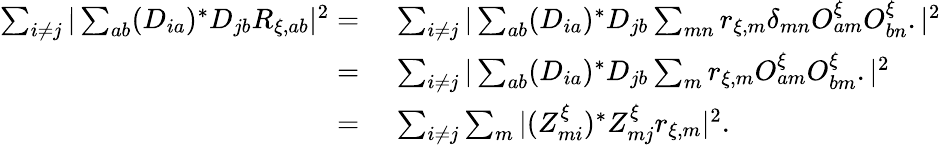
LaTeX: \begin{array}{rl}{\sum_{i\neq j}|\sum_{ab}(D_{ia})^{*}D_{jb}R_{\xi,ab}|^{2}=\, }&{{}\sum_{i\neq j}|\sum_{ab}(D_{ia})^{*}D_{jb}\sum_{mn}r_{\xi,m}\delta_{mn}O_{am}^{\xi}O_{bn}^{\xi}.|^{2}}\\ {=\, }&{{}\sum_{i\neq j}|\sum_{ab}(D_{ia})^{*}D_{jb}\sum_{m}r_{\xi,m}O_{am}^{\xi}O_{bm}^{\xi}.|^{2}}\\ {=\, }&{{}\sum_{i\neq j}\sum_{m}|(Z_{mi}^{\xi})^{*}Z_{mj}^{\xi}r_{\xi,m}|^{2}.}\end{array}